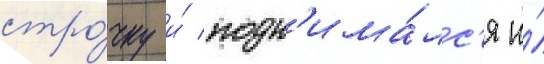
стро́чку и́ подн'има́лс'я и́